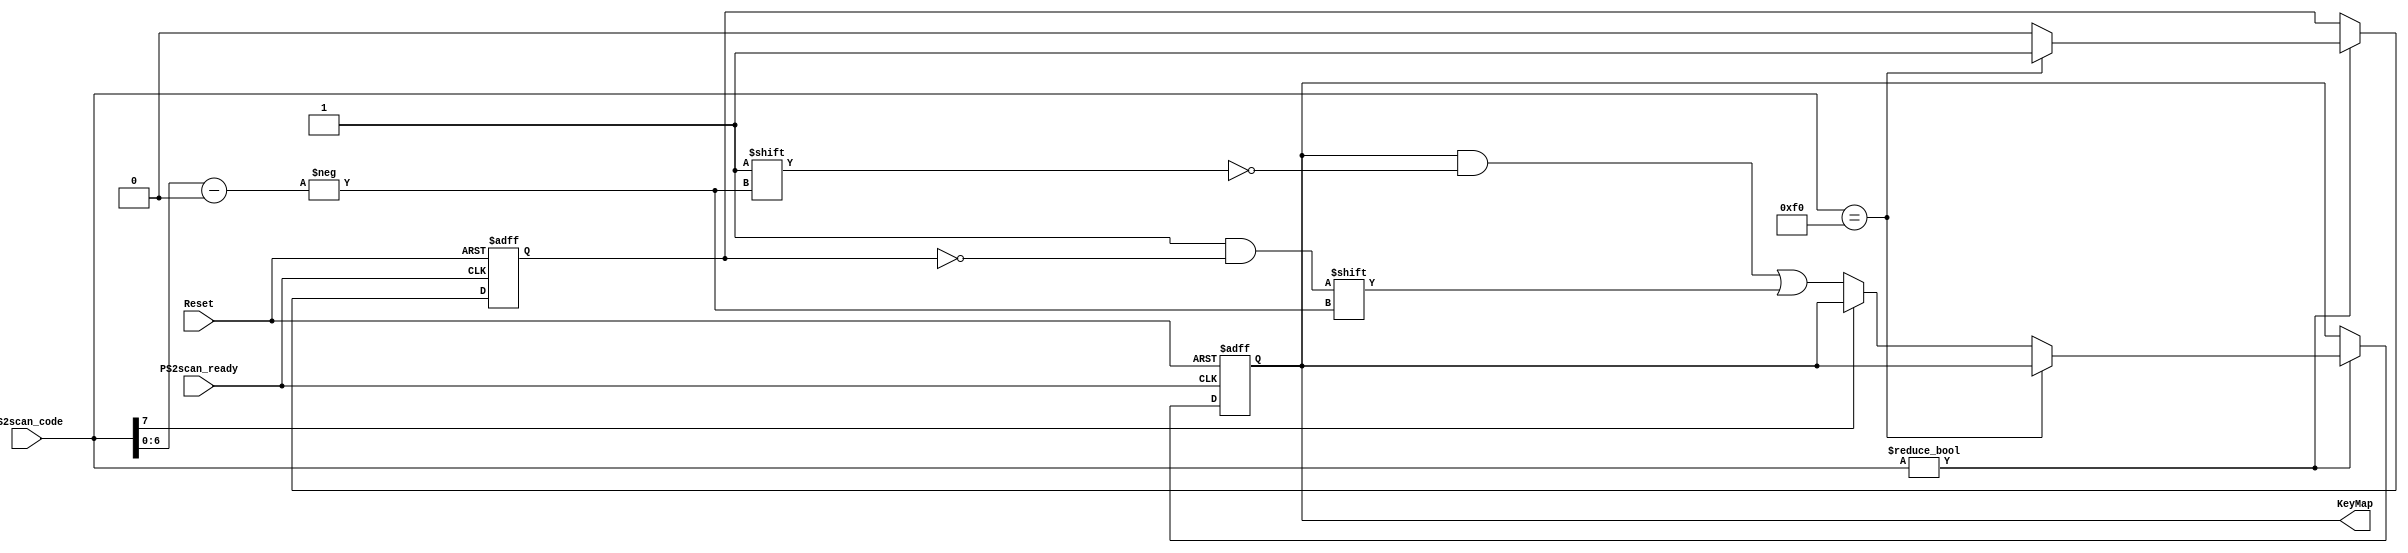
module keyscan(
	input Reset,
	input PS2scan_ready,
	input [7:0] PS2scan_code,
	output reg [127:0] KeyMap
	);


	reg resetar;

	initial
		resetar=1'b0;
	
	always @(posedge PS2scan_ready, posedge Reset)
		if(Reset)
			begin
				KeyMap <= 128'b0;
				resetar <= 1'b0;
			end
		else
		if (PS2scan_code != 8'h00)
			begin
				if(PS2scan_code == 8'hF0)
					resetar <= 1'b1;
				else
					begin
						if(~PS2scan_code[7])	
							KeyMap[PS2scan_code[6:0]] <= ~resetar;  // Os scancodes >0x80 no so mapeados 
						resetar <= 1'b0;
					end
        end

endmodule